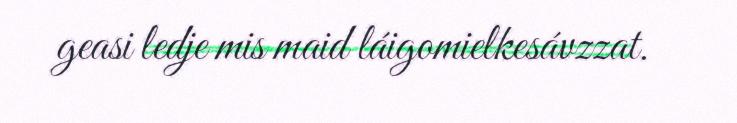
geasi ledje mis maid láigomielkesávzzat.